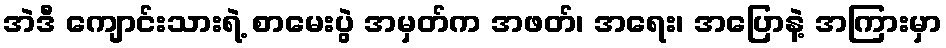
အဲဒီ ကျောင်းသားရဲ့ စာမေးပွဲ အမှတ်က အဖတ်၊ အရေး၊ အပြောနဲ့ အကြားမှာ